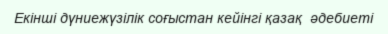
Екінші дүниежүзілік соғыстан кейінгі қазақ  әдебиеті